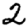
Digit: 2